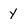
Character: y